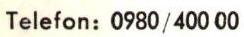
Telefon: 0980 / 400 00